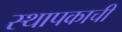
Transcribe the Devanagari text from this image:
स्थापकाची